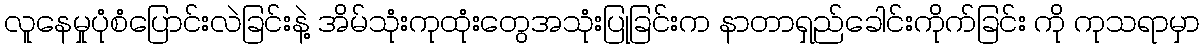
လူနေမှုပုံစံပြောင်းလဲခြင်းနဲ့ အိမ်သုံးကုထုံးတွေအသုံးပြုခြင်းက နာတာရှည်ခေါင်းကိုက်ခြင်း ကို ကုသရာမှာ